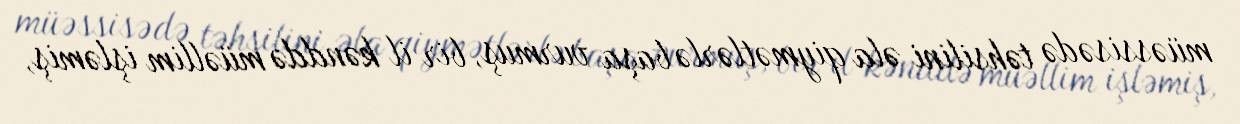
müəssisədə təhsilini əla qiymətlərlə başa vurmuş, bir il kənddə müəllim işləmiş,